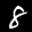
Label: 8